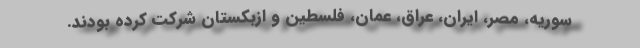
سوریه، مصر، ایران، عراق، عمان، فلسطین و ازبکستان شرکت کرده بودند.